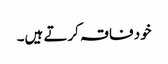
خود فاقہ کرتے ہیں۔